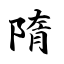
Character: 隋